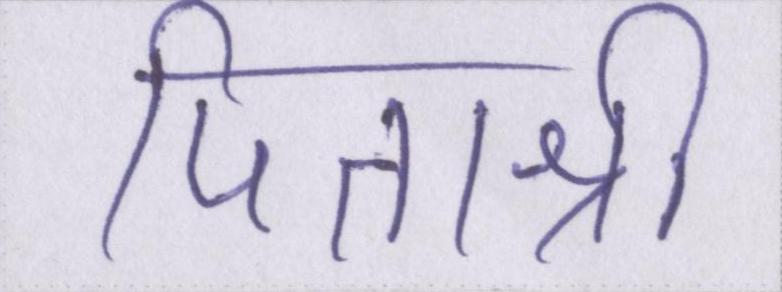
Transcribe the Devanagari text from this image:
पिताश्री